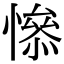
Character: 𢡖